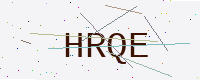
Text: HRQE